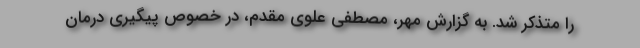
را متذکر شد. به گزارش مهر، مصطفی علوی مقدم، در خصوص پیگیری درمان